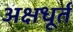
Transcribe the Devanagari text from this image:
अक्षधूर्त